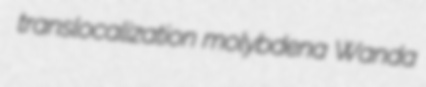
translocalization molybdena Wanda